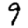
Digit: 9